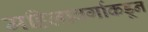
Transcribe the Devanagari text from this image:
महिलावर्गाकडून